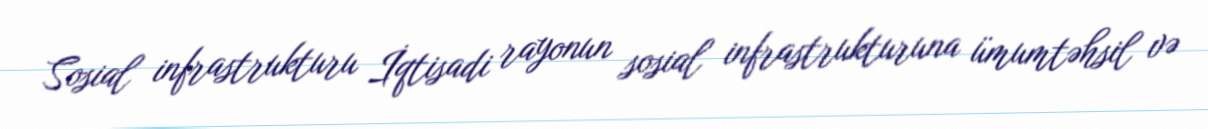
Sosial infrastrukturu İqtisadi rayonun sosial infrastrukturuna ümumtəhsil və